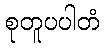
စုတူပပါတံ